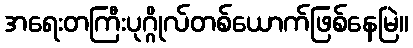
အရေးတကြီးပုဂ္ဂိုလ်တစ်ယောက်ဖြစ်နေမြဲ။